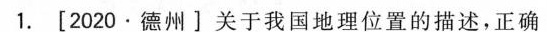
1.[2020·德州]关于我国地理位置的描述，正确